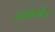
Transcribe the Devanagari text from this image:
वंशांतील